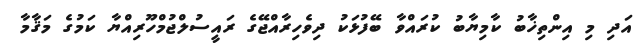
އަދި މި އިންތިޚާބު ކާމިޔާބު ކުރައްވާ ބޭފުޅަކު ދިވެހިރާއްޖޭގެ ރައީސުލްޖުމްހޫރިއްޔާ ކަމުގެ މަޤާމާ